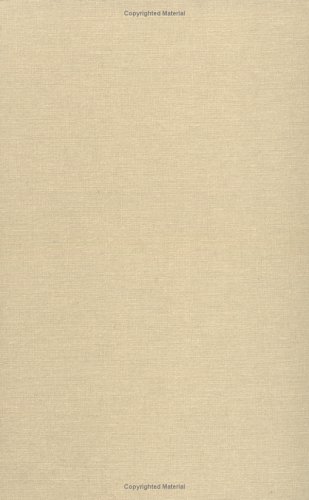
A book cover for The Male Pill: A Biography of a Technology in the Making (Science and Cultural Theory); Nelly Oudshoorn; Health, Fitness & Dieting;